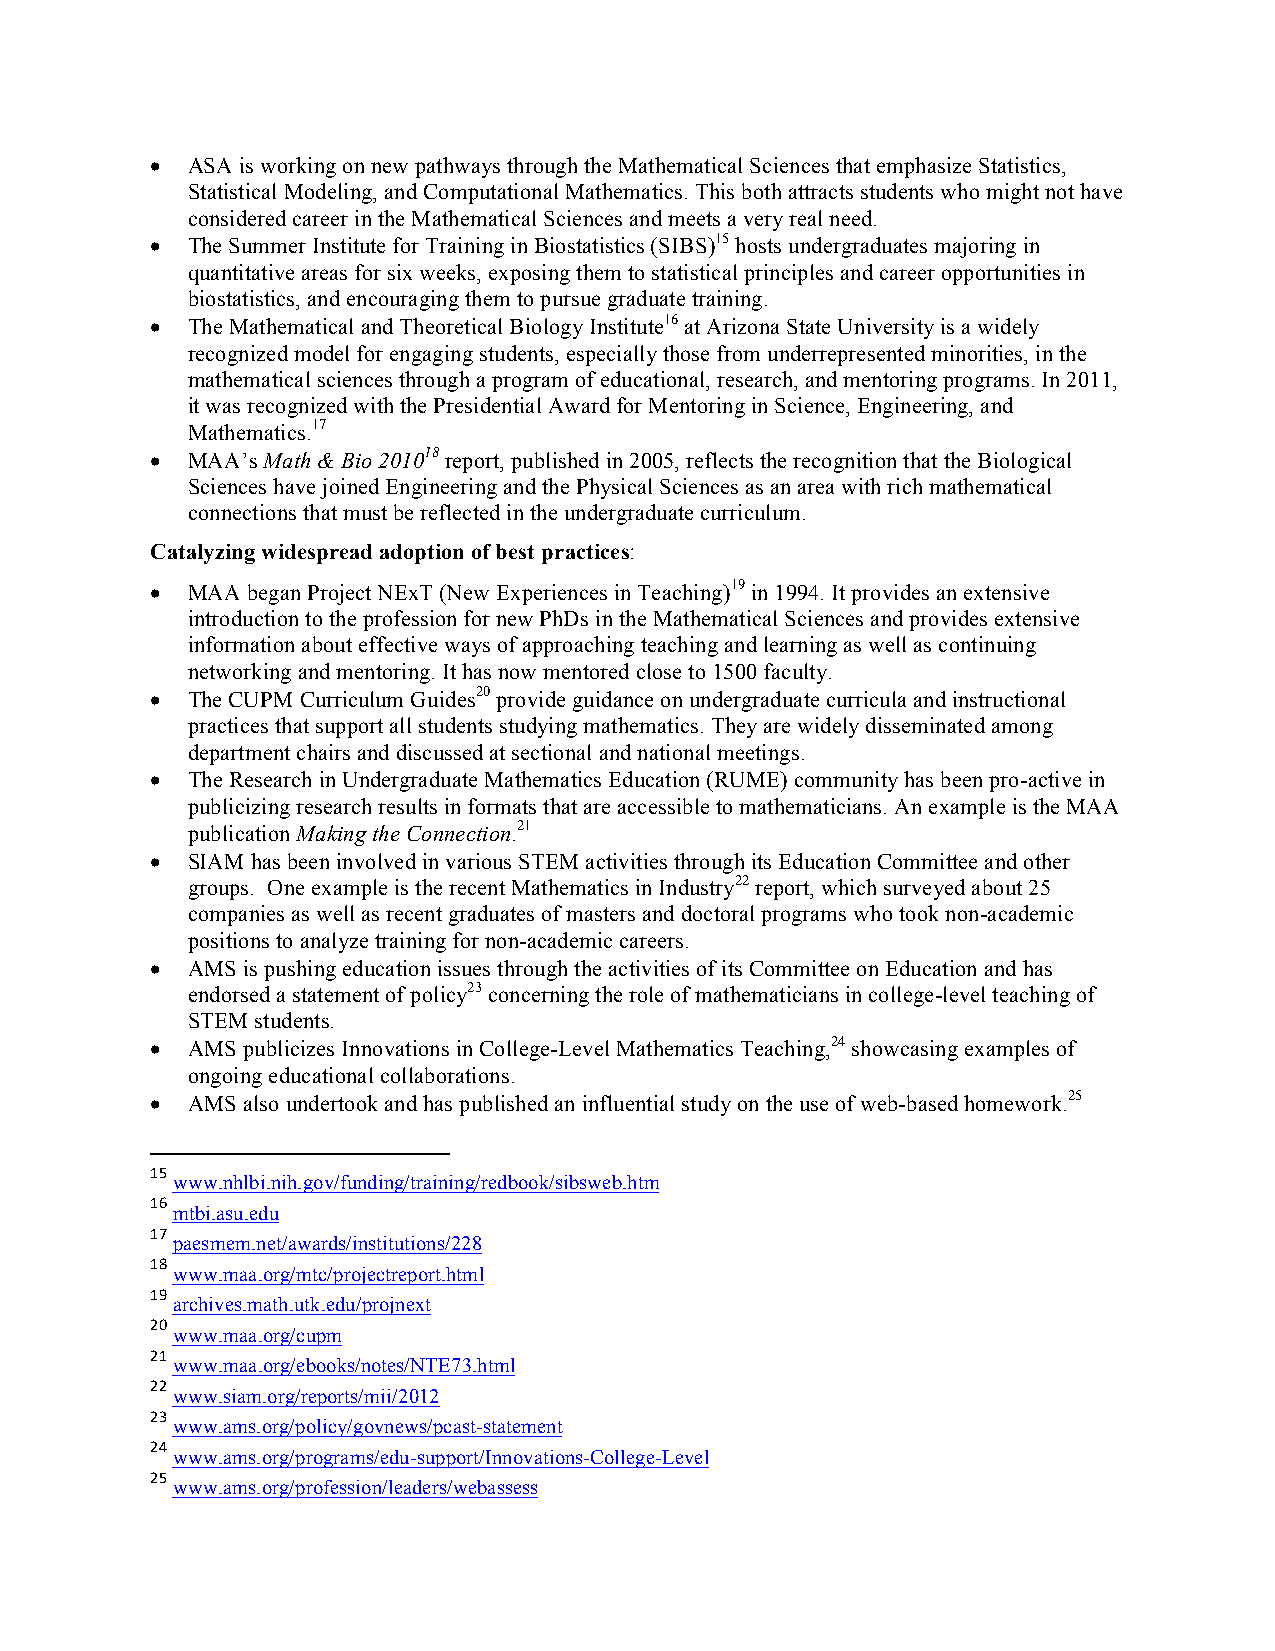
• ASA is working on new pathways through the Mathematical Sciences that emphasize Statistics,
 Statistical Modeling, and Computational Mathematics. This both attracts students who might not have
 considered career in the Mathematical Sciences and meets a very real need.
 • The Summer Institute for Training in Biostatistics (SIBS)15 hosts undergraduates majoring in
 quantitative areas for six weeks, exposing them to statistical principles and career opportunities in
 biostatistics, and encouraging them to pursue graduate training.
 • The Mathematical and Theoretical Biology Institute16 at Arizona State University is a widely
 recognized model for engaging students, especially those from underrepresented minorities, in the
 mathematical sciences through a program of educational, research, and mentoring programs. In 2011,
 it was recognized with the Presidential Award for Mentoring in Science, Engineering, and
 Mathematics.17
 • MAA’s Math & Bio 201018 report, published in 2005, reflects the recognition that the Biological
 Sciences have joined Engineering and the Physical Sciences as an area with rich mathematical
 connections that must be reflected in the undergraduate curriculum.
 Catalyzing widespread adoption of best practices:
 • MAA began Project NExT (New Experiences in Teaching)19 in 1994. It provides an extensive
 introduction to the profession for new PhDs in the Mathematical Sciences and provides extensive
 information about effective ways of approaching teaching and learning as well as continuing
 networking and mentoring. It has now mentored close to 1500 faculty.
 • The CUPM Curriculum Guides20 provide guidance on undergraduate curricula and instructional
 practices that support all students studying mathematics. They are widely disseminated among
 department chairs and discussed at sectional and national meetings.
 • The Research in Undergraduate Mathematics Education (RUME) community has been pro-active in
 publicizing research results in formats that are accessible to mathematicians. An example is the MAA
 publication Making the Connection.21
 • SIAM has been involved in various STEM activities through its Education Committee and other
 groups. One example is the recent Mathematics in Industry22 report, which surveyed about 25
 companies as well as recent graduates of masters and doctoral programs who took non-academic
 positions to analyze training for non-academic careers.
 • AMS is pushing education issues through the activities of its Committee on Education and has
 endorsed a statement of policy23 concerning the role of mathematicians in college-level teaching of
 STEM students.
 • AMS publicizes Innovations in College-Level Mathematics Teaching,24 showcasing examples of
 ongoing educational collaborations.
 • AMS also undertook and has published an influential study on the use of web-based homework.25
 15
 www.nhlbi.nih.gov/funding/training/redbook/sibsweb.htm
 16
 mtbi.asu.edu
 17
 paesmem.net/awards/institutions/228
 18
 www.maa.org/mtc/projectreport.html
 19
 archives.math.utk.edu/projnext
 20
 www.maa.org/cupm
 21
 www.maa.org/ebooks/notes/NTE73.html
 22
 www.siam.org/reports/mii/2012
 23
 www.ams.org/policy/govnews/pcast-statement
 24
 www.ams.org/programs/edu-support/Innovations-College-Level
 25
 www.ams.org/profession/leaders/webassess